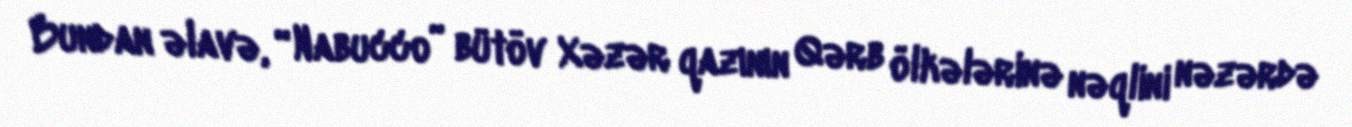
Bundan əlavə, “Nabucco” bütöv Xəzər qazının Qərb ölkələrinə nəqlini nəzərdə